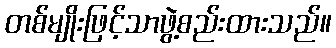
တစ်မျိုးဖြင့်သာဖွဲ့စည်းထားသည်။